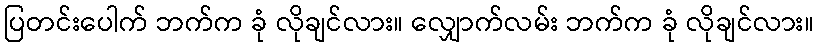
ပြတင်းပေါက် ဘက်က ခုံ လိုချင်လား။ လျှောက်လမ်း ဘက်က ခုံ လိုချင်လား။